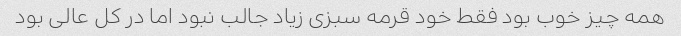
همه چیز خوب بود فقط خود قرمه سبزی زیاد جالب نبود اما در کل عالی بود